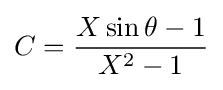
C={\frac {X\sin {\theta }-1}{X^{2}-1}}